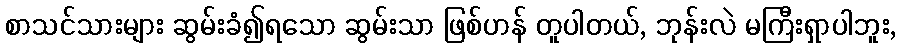
စာသင်သားများ ဆွမ်းခံ၍ရသော ဆွမ်းသာ ဖြစ်ဟန် တူပါတယ်, ဘုန်းလဲ မကြီးရှာပါဘူး,